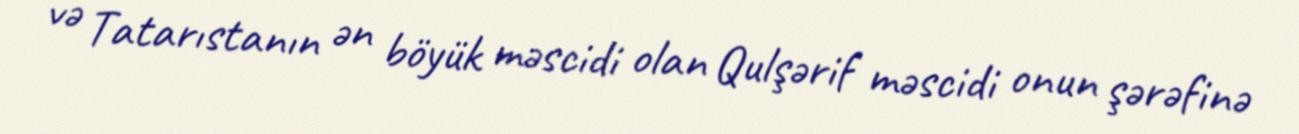
və Tatarıstanın ən böyük məscidi olan Qulşərif məscidi onun şərəfinə